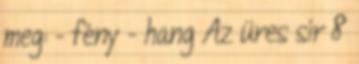
meg: - fény - hang Az üres sír 8